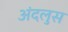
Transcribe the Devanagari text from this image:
अंदलुस